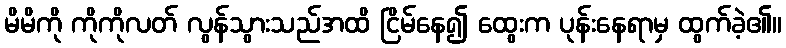
မိမိကို ကိုကိုလတ် လွန်သွားသည်အထိ ငြိမ်နေ၍ ထွေးက ပုန်းနေရာမှ ထွက်ခဲ့၏။